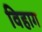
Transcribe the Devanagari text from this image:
विहाग